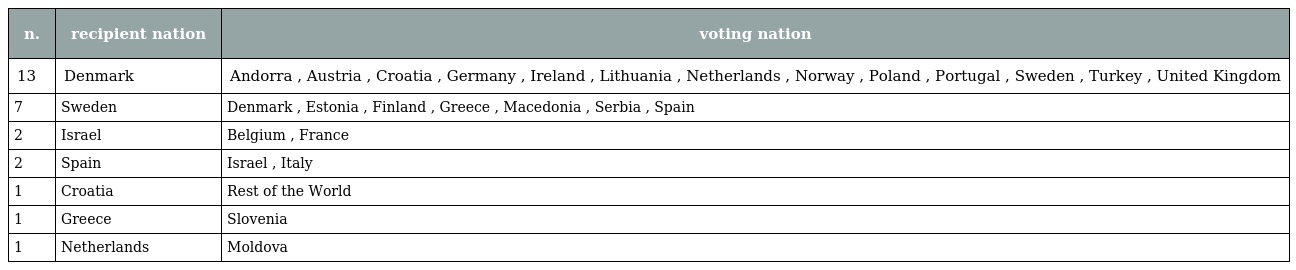
| n. | recipient nation | voting nation |
 | --- | --- | --- |
 | 13 | Denmark | Andorra , Austria , Croatia , Germany , Ireland , Lithuania , Netherlands , Norway , Poland , Portugal , Sweden , Turkey , United Kingdom |
 | 7 | Sweden | Denmark , Estonia , Finland , Greece , Macedonia , Serbia , Spain |
 | 2 | Israel | Belgium , France |
 | 2 | Spain | Israel , Italy |
 | 1 | Croatia | Rest of the World |
 | 1 | Greece | Slovenia |
 | 1 | Netherlands | Moldova |